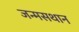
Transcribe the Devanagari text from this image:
जन्मसथान